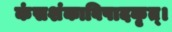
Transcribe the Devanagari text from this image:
कंसशंकाविषादकृत्‌।